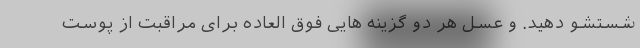
شستشو دهید. و عسل هر دو گزینه هایی فوق العاده برای مراقبت از پوست